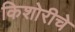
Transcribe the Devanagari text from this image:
किशोरीचे